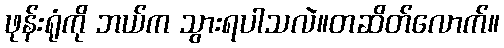
ဖုန်းရုံကို ဘယ်က သွားရပါသလဲ။တဆိတ်လောက်။